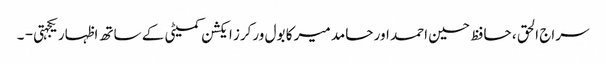
سراج الحق ، حافظ حسین احمد اور حامد میر کا بول ورکرز ایکشن کمیٹی کے ساتھ اظہار یکجہتی - ۔